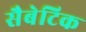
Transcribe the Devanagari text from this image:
सैबेटिक